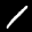
Label: 1